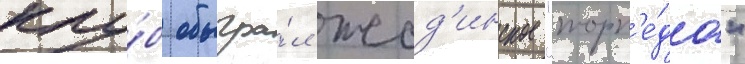
клу́б обыгра́л жод'инское "торп'е́до"